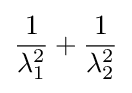
{\frac {1}{\lambda _{1}^{2}}}+{\frac {1}{\lambda _{2}^{2}}}